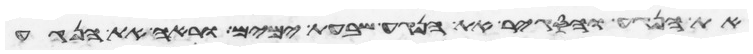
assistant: את הנגע והסגיר את הנגע שבעת ימים וראה את הנגע